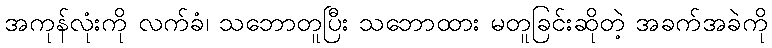
အကုန်လုံးကို လက်ခံ၊ သဘောတူပြီး သဘောထား မတူခြင်းဆိုတဲ့ အခက်အခဲကို